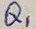
Text: Q1